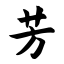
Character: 芳